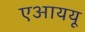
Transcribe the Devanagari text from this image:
एआययू